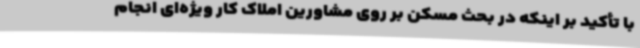
با تأکید بر اینکه در بحث مسکن بر روی مشاورین املاک کار ویژه‌ای انجام